Vaccination in Bombay 1874-1876 - 1874-1876
Year: 1874
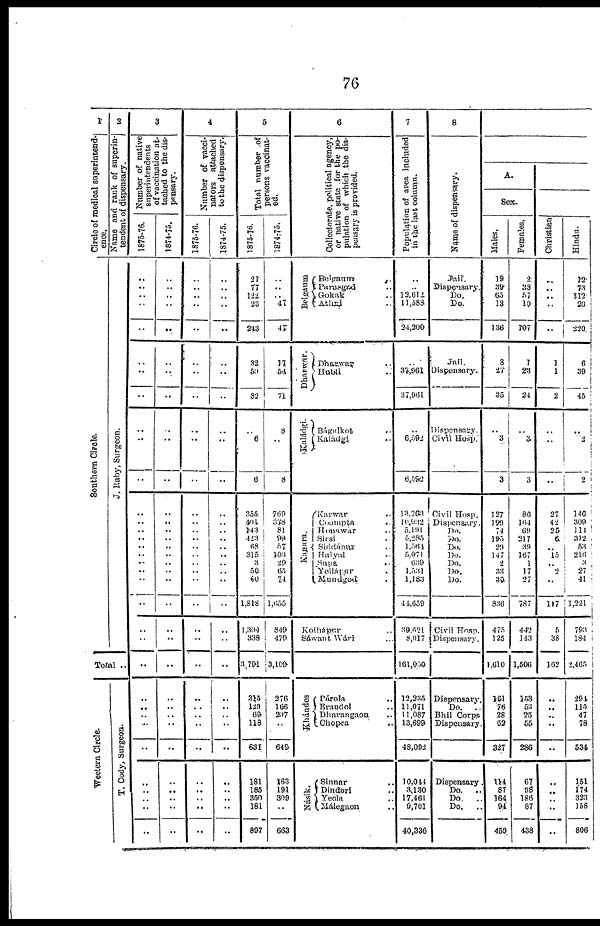
76
1
Circle of medical superintend-
ence.
Southern Circle.
2
Name and rank of superin-
tendent of dispensary.
J. Raby, Surgeon.
Total ..
Wectern Circle.
T. Cody, Surgeon.
3
Number of native
superintendents
of vaccination at-
tached to the dis-
pensary.
1875-76.
..
..
..
..
..
..
..
..
..
..
..
..
..
..
..
..
..
..
..
..
..
..
..
..
..
..
..
..
..
..
..
.. ..
..
1874-75.
..
..
..
..
..
..
..
..
..
..
..
..
..
..
..
..
..
..
..
..
..
..
..
..
..
..
..
..
..
..
..
..
..
..
4
Number of vacci-
nators attached
to the dispensary.
.1875-76.
..
..
..
..
..
..
..
..
..
..
..
..
..
..
..
..
..
..
..
..
..
..
..
..
..
..
..
..
..
..
..
.. ..
..
1874-75.
..
..
..
..
..
..
..
..
..
..
..
..
..
..
..
..
..
..
..
..
..
..
..
..
..
..
..
..
..
..
.. ..
..
..
5
Total number of
persons vaccinat-
ed.
1875-76.
21
77
.. 23
243
32
50
82
..
6
6
355
401
143
423
68
315
3
50 60
1,818
1,304
338
3,791
315
129
69
118
631
181
185
350
181
897
1874-75.
..
..
.. 47
47
17
54
71
8
..
8
769
378
81
99
57
103
29
65
74
l,655
349
479
3,109
276
166
207
..
649
163
191
309
..
663
6
Collectorate. political agency,
or native state for the po-
pulation of which the dis-
pensary is provided.
Belgaum
Belgaum ..
Parasgad ..
Gokak ..
Athri ..
Dharwar.
Dharwar ..
Hubli ..
Kaládgi.
Bágakot ..
Kalàdgi ..
Kanara.
Karwar ..
Coompta ..
Honawár ..
Sirsi ..
Siddápur ..
Halyal ..
Supe ..
Yellápur .
Mundgod .
Kolhápur ..
Sáwant Wári ..
Khándes
Párola ..
Erandol ..
Dharangaon ..
Chopra ..
Násik.
Sinnar ..
Dindori ..
Yeola ..
Málegaon ..
7
Population of area included
in the last column.
..
..
12,612
11,583
24,200
..
37,961
37,961
..
6,592
6,592
13,263
10,932
5,191
5,285
1,561
5,071
639
1,531
1,183
44,659
39,621
8,017
161,050
12,235
11,071
11,087
13,699
48,092
10,044
3,130
17,461
9,701
40,336
8
Name of dispensary.
Jail.
Dispensary.
Do.
Do.
Jail.
Dispensary..
Dispensary
Civil Hosp.
Civil Hosp.
Dispensary.
Do.
Do.
Do.
Do.
Do.
Do.
Do.
Civil Hasp.
Dispensary.
Dispensary.
Do.
..
Bhil Corps
Dispensary.
Dispensary.
Do.
..
Do.
..
Do.
..
Å.
Sex.
Males.
19
39
63
13
136
3
27
35
..
3
3
127
199
74
195
29
147
2
33
30
836
475
125
1,610
161
76
28
62
327
114
87
164
94
459
Females.
2
38
57
10
107
1
23
24
..
3
3
86
164
69
217
39
167
1
17
27
787
442
143
1,506
153
53
25
55
286
67
98
186
87
438
Christian
..
..
..
..
..
1
1
2
..
..
..
27
42
25
6
.. 15
..
2
..
117
5
38
162
..
..
..
..
..
..
..
..
..
..
Hindu.
12
73
112
20
220
6
39
45
..
2
2
146
309
111
312
53
216
3
27
41
1,221
793
184
2,465
291
115
47
78
534
151
174
323
158
806